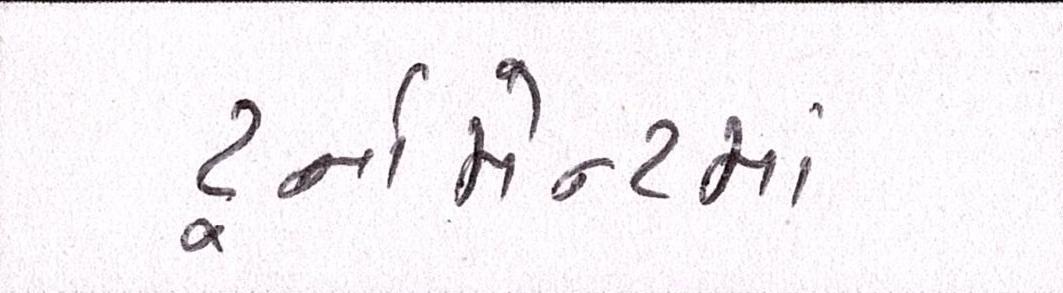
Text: ટૂર્નામેન્ટમાં